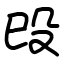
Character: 㱼